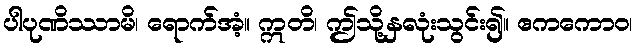
ပါပုဏိဿာမိ၊ ရောက်အံ့။ ဣတိ၊ ဤသို့နှလုံးသွင်း၍။ ဧကကောဝ၊